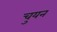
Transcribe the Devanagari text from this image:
चुयन